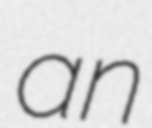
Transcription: an